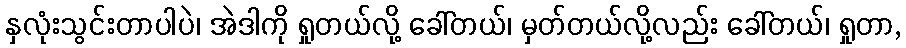
နှလုံးသွင်းတာပါပဲ၊ အဲဒါကို ရှုတယ်လို့ ခေါ်တယ်၊ မှတ်တယ်လို့လည်း ခေါ်တယ်၊ ရှုတာ,